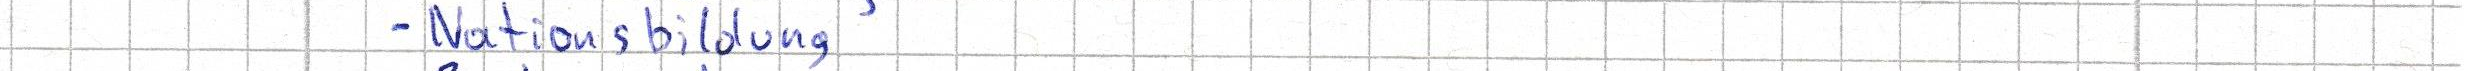
- Nationsbildung